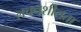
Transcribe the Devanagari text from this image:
लचनशीलता